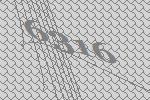
6316